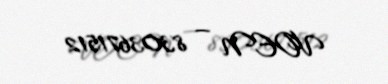
VOEN — 8303671512